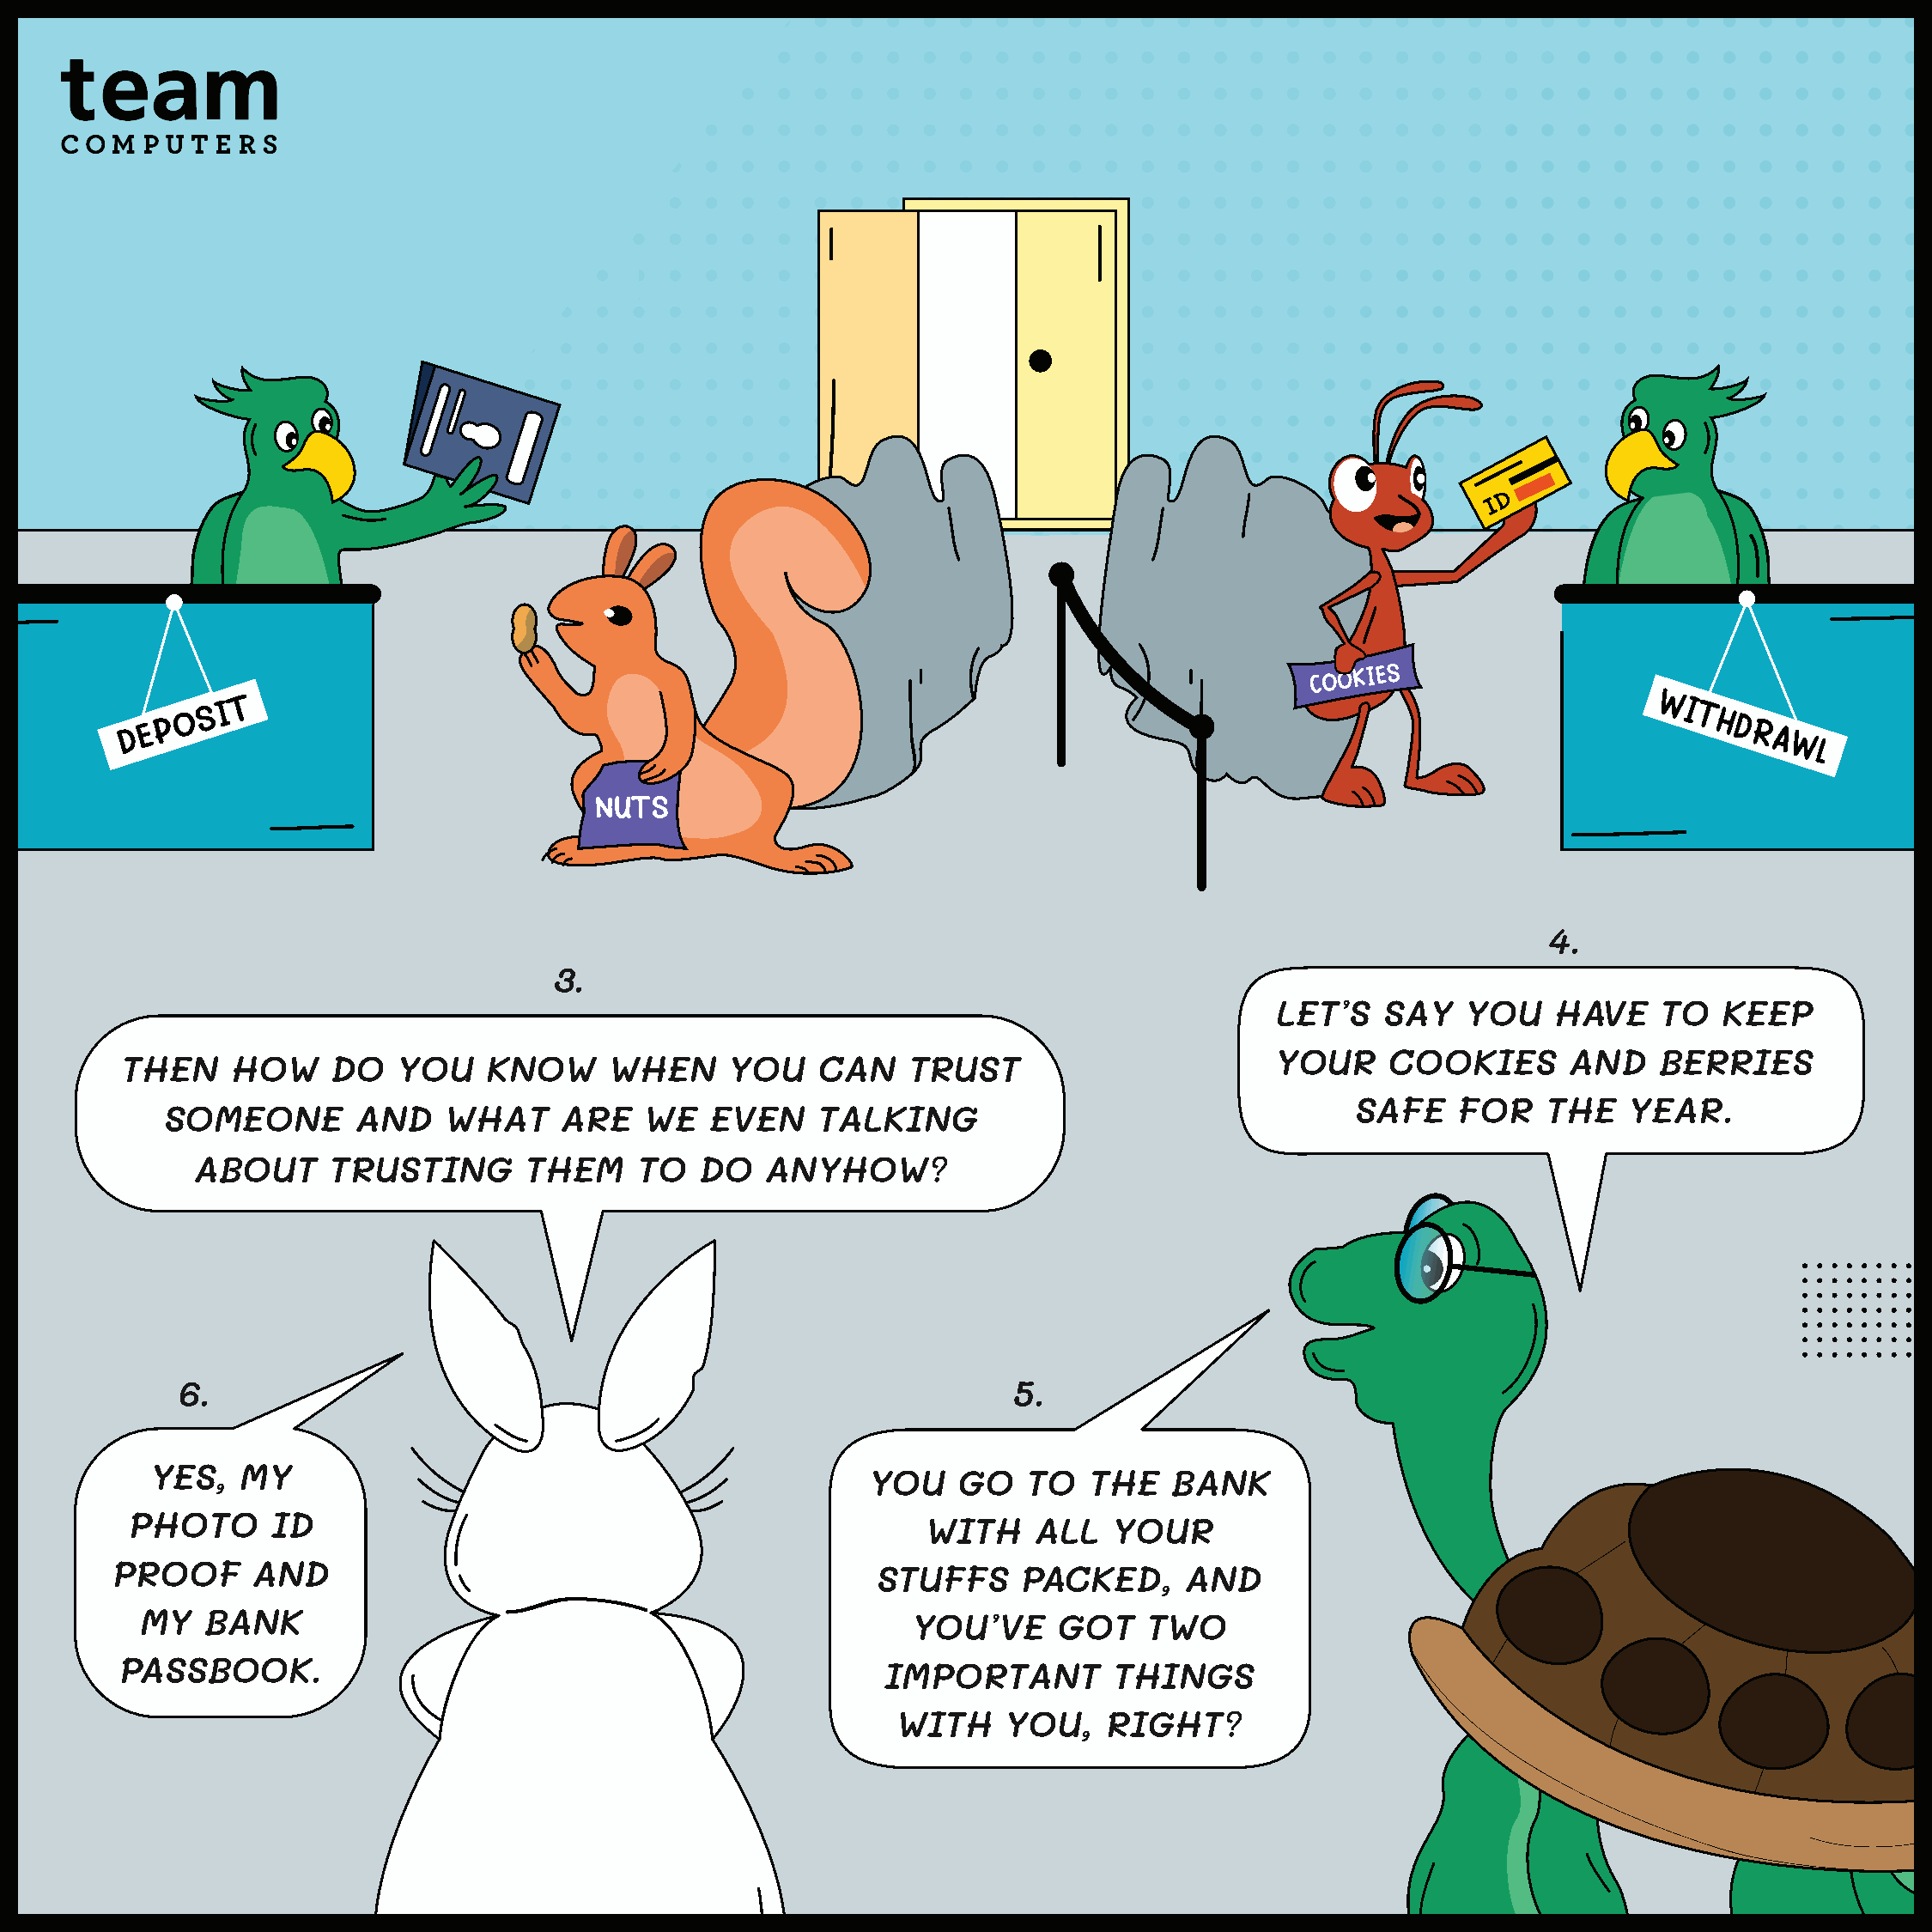
4.
 3.
 LET’S    SAY   YOU    HAVE    TO   KEEP
 YOUR     COOKIES       AND    BERRIES
 THEN     HOW     DO   YOU    KNOW     WHEN     YOU    CAN    TRUST
 SAFE    FOR    THE    YEAR.
 SOMEONE       AND    WHAT     ARE    WE   EVEN    TALKING
 ABOUT     TRUSTING       THEM     TO   DO   ANYHOW?
 6.                                                              5.
 YES,   MY
 YOU    GO   TO   THE   BANK
 PHOTO      ID
 WITH     ALL   YOUR
 PROOF     AND
 STUFFS     PACKED,     AND
 MY   BANK
 YOU’VE      GOT   TWO
 PASSBOOK.
 IMPORTANT         THINGS
 WITH     YOU,   RIGHT?